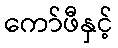
ကော်ဖီနှင့်